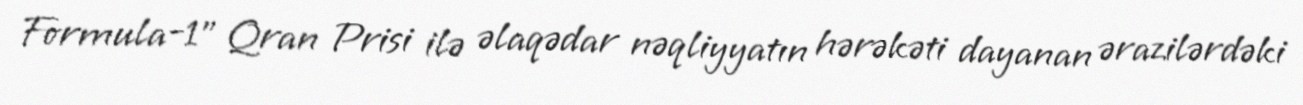
Formula-1" Qran Prisi ilə əlaqədar nəqliyyatın hərəkəti dayanan ərazilərdəki